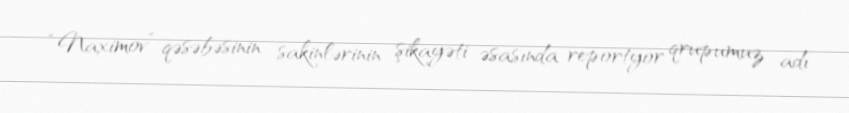
“Naximov” qəsəbəsinin sakinlərinin şikayəti əsasında reportyor qrupumuz adı